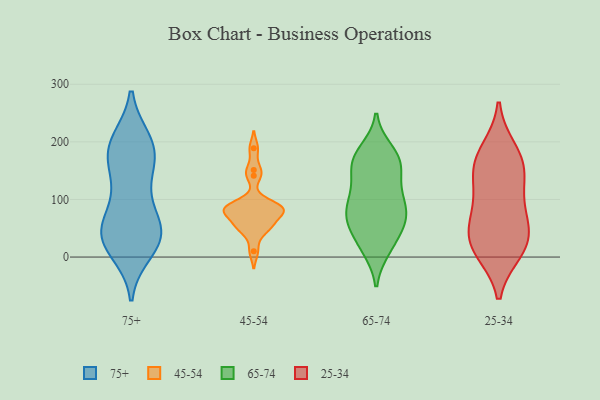
{"axis": {"x": "Churn Rate (%)", "y": "Value"}, "legend": ["25-34", "45-54", "65-74", "75+"], "data": [{"x": "", "y": 41, "type": "75+"}, {"x": "", "y": 190, "type": "75+"}, {"x": "", "y": 118, "type": "75+"}, {"x": "", "y": 190, "type": "75+"}, {"x": "", "y": 109, "type": "75+"}, {"x": "", "y": 169, "type": "75+"}, {"x": "", "y": 31, "type": "75+"}, {"x": "", "y": 200, "type": "75+"}, {"x": "", "y": 192, "type": "75+"}, {"x": "", "y": 37, "type": "75+"}, {"x": "", "y": 39, "type": "75+"}, {"x": "", "y": 44, "type": "75+"}, {"x": "", "y": 168, "type": "75+"}, {"x": "", "y": 58, "type": "75+"}, {"x": "", "y": 35, "type": "75+"}, {"x": "", "y": 12, "type": "75+"}, {"x": "", "y": 78, "type": "45-54"}, {"x": "", "y": 90, "type": "45-54"}, {"x": "", "y": 151, "type": "45-54"}, {"x": "", "y": 10, "type": "45-54"}, {"x": "", "y": 82, "type": "45-54"}, {"x": "", "y": 45, "type": "45-54"}, {"x": "", "y": 189, "type": "45-54"}, {"x": "", "y": 84, "type": "45-54"}, {"x": "", "y": 80, "type": "45-54"}, {"x": "", "y": 141, "type": "45-54"}, {"x": "", "y": 58, "type": "45-54"}, {"x": "", "y": 50, "type": "45-54"}, {"x": "", "y": 83, "type": "45-54"}, {"x": "", "y": 60, "type": "45-54"}, {"x": "", "y": 91, "type": "45-54"}, {"x": "", "y": 23, "type": "65-74"}, {"x": "", "y": 14, "type": "65-74"}, {"x": "", "y": 64, "type": "65-74"}, {"x": "", "y": 171, "type": "65-74"}, {"x": "", "y": 115, "type": "65-74"}, {"x": "", "y": 64, "type": "65-74"}, {"x": "", "y": 71, "type": "65-74"}, {"x": "", "y": 61, "type": "65-74"}, {"x": "", "y": 169, "type": "65-74"}, {"x": "", "y": 104, "type": "65-74"}, {"x": "", "y": 150, "type": "65-74"}, {"x": "", "y": 184, "type": "65-74"}, {"x": "", "y": 86, "type": "65-74"}, {"x": "", "y": 106, "type": "65-74"}, {"x": "", "y": 172, "type": "65-74"}, {"x": "", "y": 145, "type": "65-74"}, {"x": "", "y": 166, "type": "65-74"}, {"x": "", "y": 17, "type": "65-74"}, {"x": "", "y": 53, "type": "65-74"}, {"x": "", "y": 83, "type": "65-74"}, {"x": "", "y": 75, "type": "25-34"}, {"x": "", "y": 152, "type": "25-34"}, {"x": "", "y": 16, "type": "25-34"}, {"x": "", "y": 28, "type": "25-34"}, {"x": "", "y": 156, "type": "25-34"}, {"x": "", "y": 185, "type": "25-34"}, {"x": "", "y": 52, "type": "25-34"}, {"x": "", "y": 124, "type": "25-34"}, {"x": "", "y": 86, "type": "25-34"}, {"x": "", "y": 25, "type": "25-34"}, {"x": "", "y": 169, "type": "25-34"}, {"x": "", "y": 11, "type": "25-34"}]}